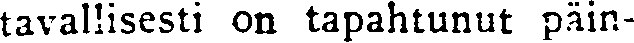
tavallisesti on tapahtunut päin-